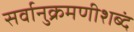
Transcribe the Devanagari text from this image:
सर्वानुक्रमणीशब्दं